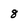
Character: 8